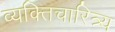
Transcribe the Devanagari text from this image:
व्यक्तिचारित्र्य